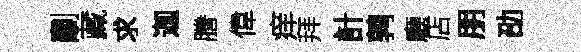
劘藏求迦謄偉痒拜計鹑廳店朋劭